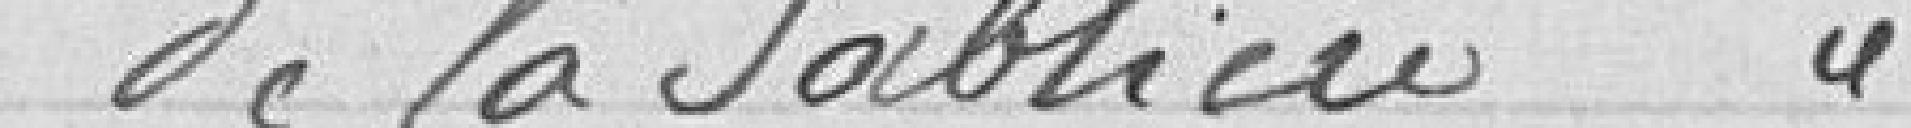
27° Demande des habitants de la rue de la Sablière pour éclairage.